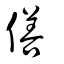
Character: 僐